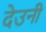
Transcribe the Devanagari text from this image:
देउनी